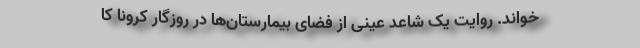
خواند. روایت یک شاعد عینی از فضای بیمارستان‌ها در روزگار کرونا کا